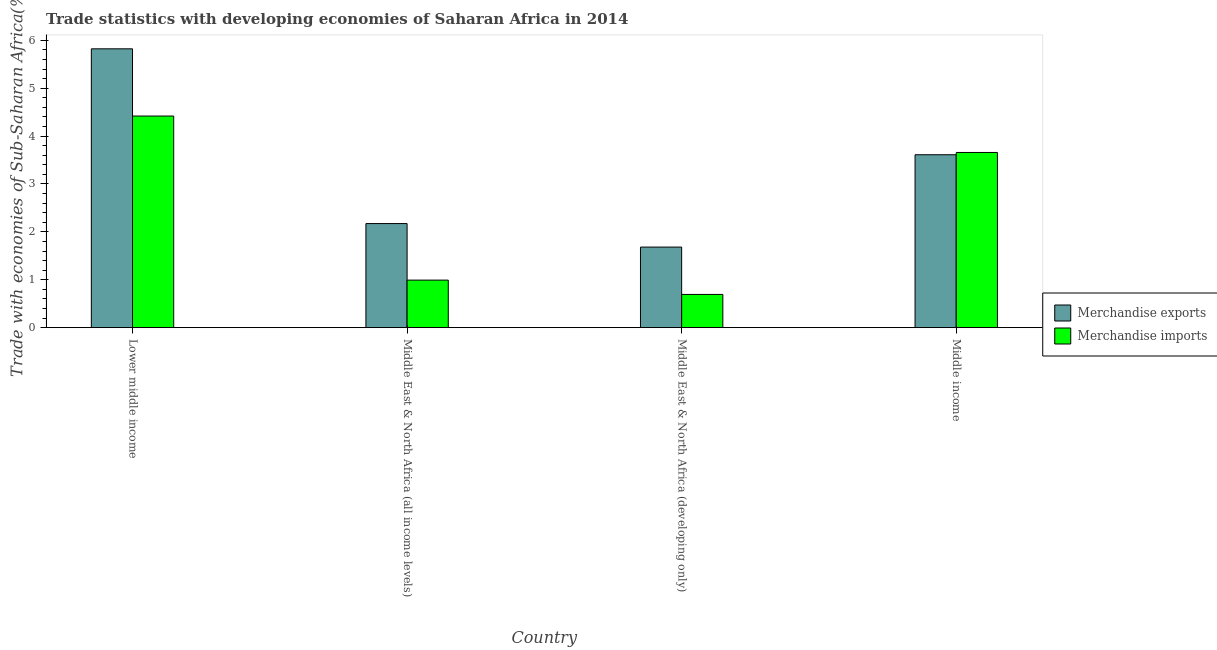
| Country | Merchandise exports | Merchandise imports |
 | --- | --- | --- |
 | Lower middle income | 5.82 | 4.42 |
 | Middle East & North Africa (all income levels) | 2.17 | 0.993 |
 | Middle East & North Africa (developing only) | 1.68 | 0.694 |
 | Middle income | 3.61 | 3.66 |